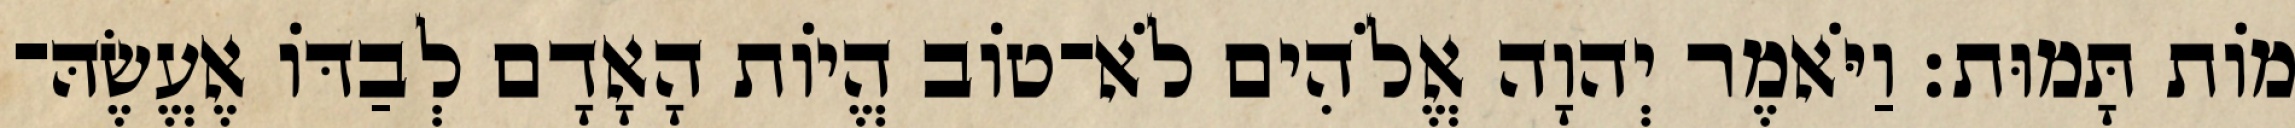
מֹות תָּמוּת׃ וַיֹּאמֶר יְהוָה אֱלֹהִים לֹא־טֹוב הֱיֹות הָאָדָם לְבַדֹּו אֶעֱשֶׂהּ־